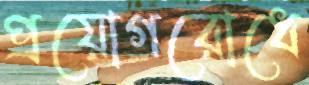
প্রয়োগরোধে